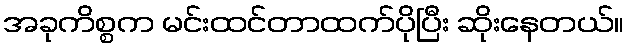
အခုကိစ္စက မင်းထင်တာထက်ပိုပြီး ဆိုးနေတယ်။